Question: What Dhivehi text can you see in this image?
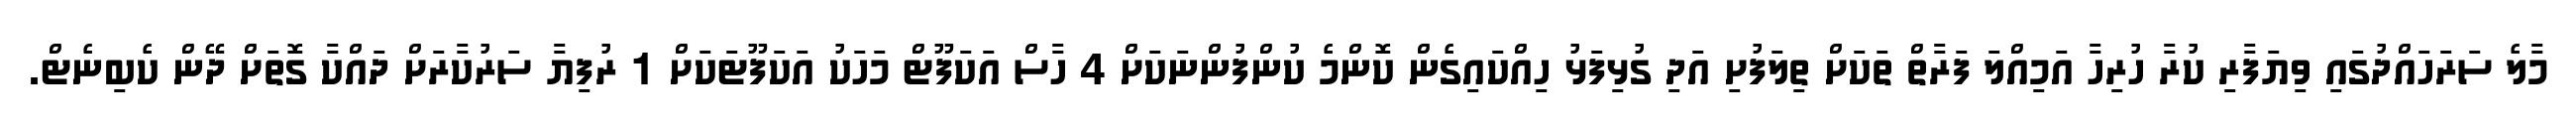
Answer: މާލެ ސަރަހައްދުގައި ވިޔަފާރި ކުރާ ހުރިހާ އަމިއްލަ ފަރާތް ތަކަށް ތިލަފުށި އަދި ގުޅިފަޅު ހިއްކައިގެން ކޮންމެ ކުންފުންނަކަށް 4 ހާސް އަކަފޫޓް މަހަކު އަކަފޫޓަކަށް 1 ރުފިޔާ ސަރުކާރަށް ދައްކާ ގޮތަށް ދޭން ކެބިނެޓް.